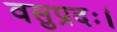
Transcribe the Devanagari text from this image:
वसुप्रदः।